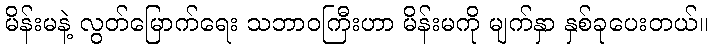
မိန်းမနဲ့ လွတ်မြောက်ရေး သဘာဝကြီးဟာ မိန်းမကို မျက်နှာ နှစ်ခုပေးတယ်။